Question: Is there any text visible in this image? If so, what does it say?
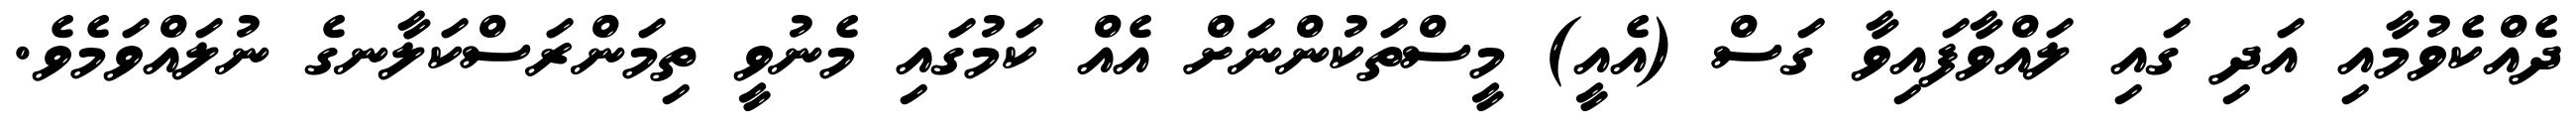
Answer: ދެއްކެވުމާއި އަދި ގައި ލައްވާފައިވާ ގަސް (އެއީ) މީސްތަކުންނަށް އެއް ކަމުގައި މެނުވީ ތިމަންރަސްކަލާނގެ ނުލައްވަމެވެ.